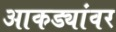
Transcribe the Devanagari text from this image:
आकड्यांवर